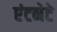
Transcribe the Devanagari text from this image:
एंटनेटे